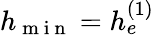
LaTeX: h_{\mathrm{~m~i~n~}}=h_{e}^{(1)}